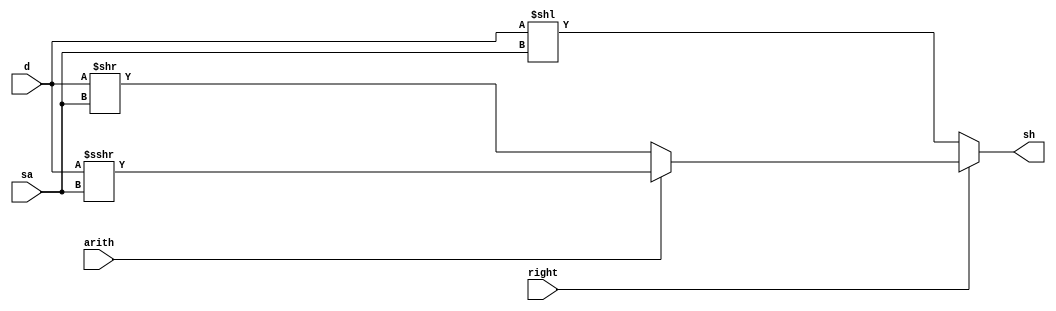
`timescale 1ns / 1ps
//////////////////////////////////////////////////////////////////////////////////
// Company: 
// Engineer: 
// 
// Design Name: 
// Module Name: shift
// Project Name: 
// Target Devices: 
// Tool Versions: 
// Description: 
// 
// Dependencies: 
// 
// Revision:
// Revision 0.01 - File Created
// Additional Comments:
// 
//////////////////////////////////////////////////////////////////////////////////


module shift(d,sa,right,arith,sh);
    input [31:0] d;
    input [4:0]  sa;
    input right,arith;
    output [31:0] sh;
    reg [31:0]  sh;
    always @* begin
        if (!right) begin  //shift left
            sh = d << sa;
        end else if (!arith) begin //shift right logical
            sh = d >> sa;
        end else begin //shift right arithmetic
            sh = $signed(d) >>> sa;
        end
    end
endmodule